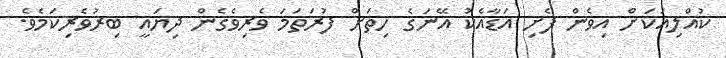
ކުއްލިއަކަށް އިވެން ފެށި އަޑާއެކު އޭނަގެ ހިތަށް ފުރަތަމަ ވެރިވެގެން ދިޔައީ ބިރުވެރިކަމެވެ.